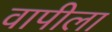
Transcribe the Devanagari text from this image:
वापीला